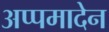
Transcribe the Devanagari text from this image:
अप्पमादेन